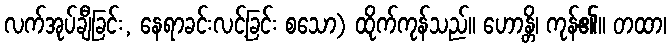
လက်အုပ်ချီခြင်း, နေရာခင်းလင့်ခြင်း စသော) ထိုက်ကုန်သည်။ ဟောန္တိ၊ ကုန်၏။ တထာ၊